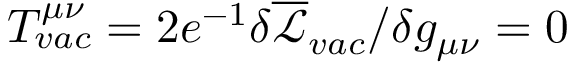
\begin{array} { r } { T _ { v a c } ^ { \mu \nu } = 2 e ^ { - 1 } \delta \overline { { \mathcal { L } } } _ { v a c } / \delta g _ { \mu \nu } = 0 } \end{array}